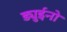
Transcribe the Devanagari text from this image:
ड्युईनो